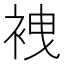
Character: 𧙟